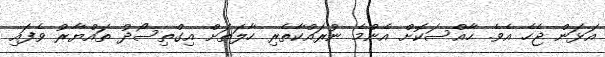
އަޅަން ޖެހެ އެވެ. ހާއްސަކޮށް އެންމެ ނުރައްކާތެރި ހާލަތަށް އިގްތިސޯދު ތައްޔާރު ވެފައި